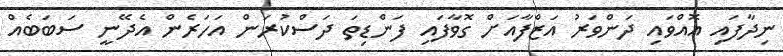
ނިދާފައި އޮއްވައި ދަންވަރު އަޒްފާއަށް ގޮވާފައި ފަންޑިތަ ދަސްކުރަން އަހަރެން އެދޭނީ ސަބަބެއް